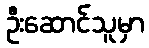
ဦးဆောင်သူမှာ